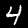
Label: 4